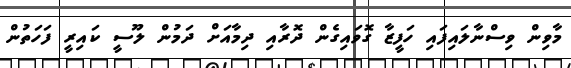
މާވިން ވިސްނާލައިފައި ހަފީޒާ ގޮވައިގެން ދޮރާއި ދިމާއަށް ދަމުން ލޫސީ ކައިރީ ފަހަތުން